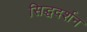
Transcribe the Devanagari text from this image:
सिद्धदर्शन